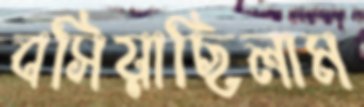
বসিয়াছিলাম